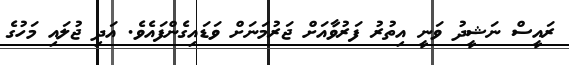
ރައީސް ނަޝީދު ވަނީ އިތުރު ފަރުވާއަށް ޖަރުމަނަށް ވަޑައިގެންފައެވެ. އަދި ޖުލައި މަހުގެ